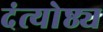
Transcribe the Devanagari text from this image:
दंत्योष्ठ्य